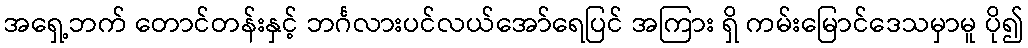
အရှေ့ဘက် တောင်တန်းနှင့် ဘင်္ဂလားပင်လယ်အော်ရေပြင် အကြား ရှိ ကမ်းမြောင်ဒေသမှာမူ ပို၍